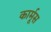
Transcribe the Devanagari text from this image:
कार्मूस